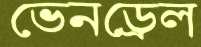
ভেনড্রেল